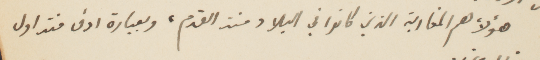
هؤلاء هم المغاربة الذين كانوا في البلاد منذ القدم، وبعبارة ادق فتداول